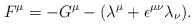
\begin{align*}F^{\mu}=-G^{\mu}-({\lambda}^{\mu}+{\epsilon}^{{\mu}{\nu}}{\lambda}_{\nu}).\end{align*}